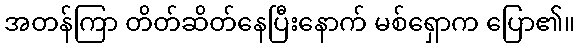
အတန်ကြာ တိတ်ဆိတ်နေပြီးနောက် မစ်ရှောက ပြော၏။